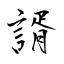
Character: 諝